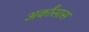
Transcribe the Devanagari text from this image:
अर्कांसास